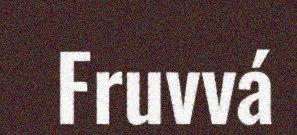
Fruvvá